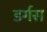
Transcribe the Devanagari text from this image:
डर्गस